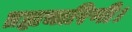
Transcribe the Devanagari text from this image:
ब्रह्मचारिणी।